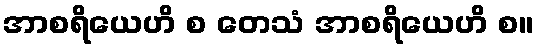
အာစရိယေဟိ စ တေသံ အာစရိယေဟိ စ။